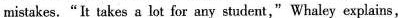
mistakes.“It takes a lot for any student," Whaley explains ,